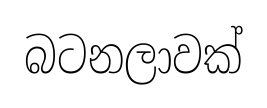
බටනලාවක්